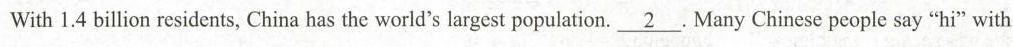
With 1.4 billion residents,China has the world’s largest population.\underline{2}Many Chinese people say ""hi” with